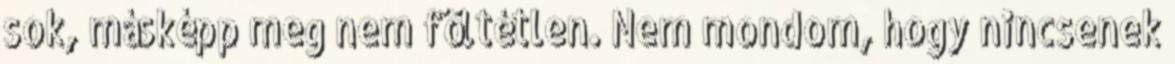
sok, másképp meg nem föltétlen. Nem mondom, hogy nincsenek